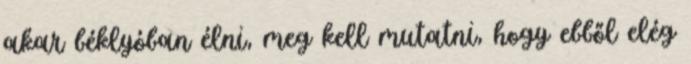
akar béklyóban élni, meg kell mutatni, hogy ebből elég